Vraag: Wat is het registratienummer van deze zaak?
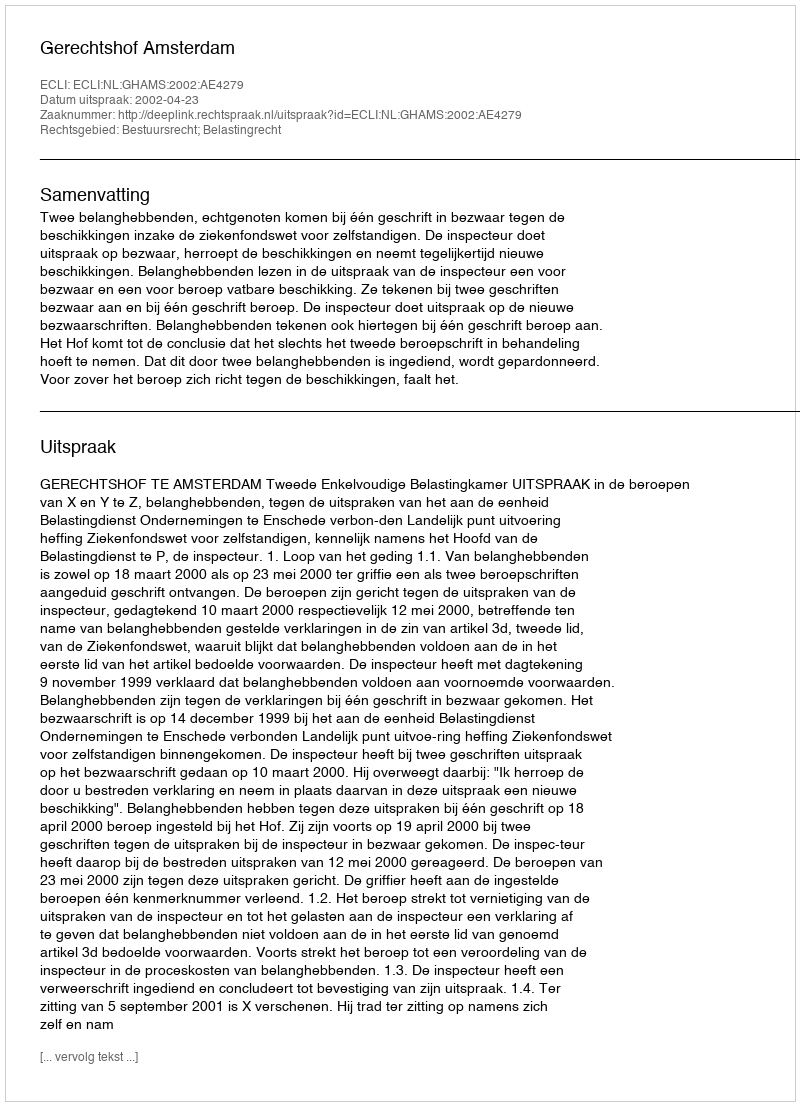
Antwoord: http://deeplink.rechtspraak.nl/uitspraak?id=ECLI:NL:GHAMS:2002:AE4279